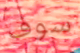
سوف